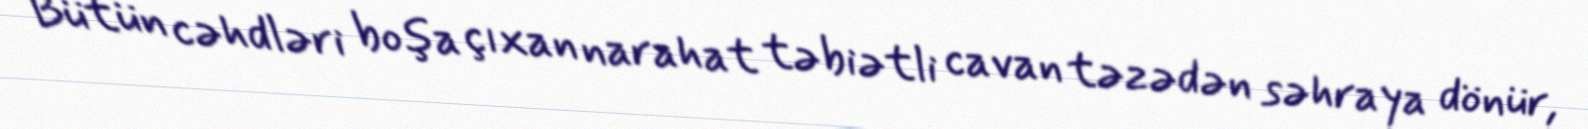
Bütün cəhdləri boşa çıxan narahat təbiətli cavan təzədən səhraya dönür,